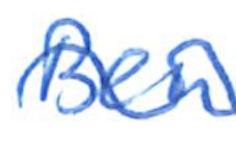
Text: Ben
Cross-out: wave
Writing tool: ballpoint